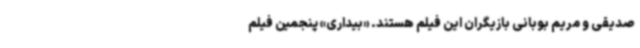
صدیقی و مریم بوبانی بازیگران این فیلم هستند. «بیداری» پنجمین فیلم